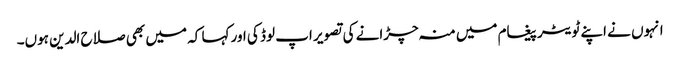
انہوں نے اپنے ٹویٹر پیغام میں منہ چڑانے کی تصویر اپ لوڈ کی اور کہا کہ میں بھی صلاح الدین ہوں۔